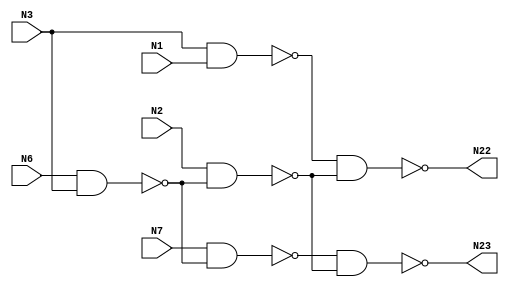
module c17g(N1, N2, N3, N6, N7, N22, N23);
  input N1, N2, N3, N6, N7;
  output N22, N23;
  wire N1, N2, N3, N6, N7;
  wire N22, N23;
  wire n_0, n_1, n_2, n_3;
  nand g44__7837 (N22, n_0, n_3);
  nand g45__7557 (N23, n_2, n_3);
  nand g46__7654 (n_3, N2, n_1);
  nand g47__8867 (n_2, N7, n_1);
  nand g48__1377 (n_0, N3, N1);
  nand g49__3717 (n_1, N6, N3);
endmodule